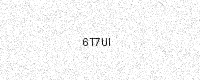
Text: 6T7UI